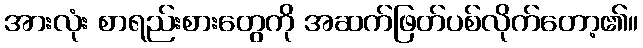
အားလုံး စာရည်းစားတွေကို အဆက်ဖြတ်ပစ်လိုက်တော့၏။